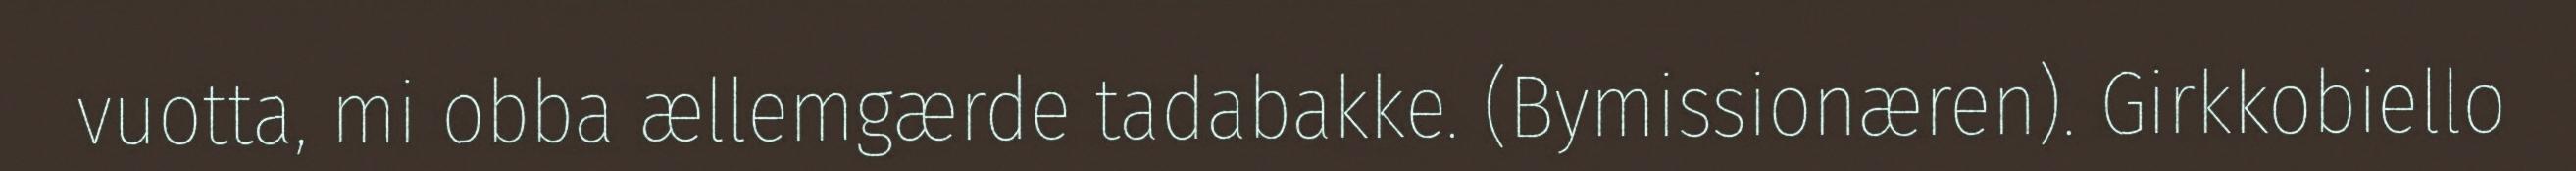
vuotta, mi obba ællemgærde tadabakke. (Bymissionæren). Girkkobiello